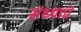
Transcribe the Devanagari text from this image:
संध्याएं